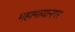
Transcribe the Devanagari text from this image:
महामायानगर